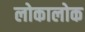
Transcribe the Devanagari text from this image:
लोकालोक